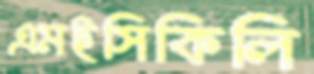
এমইসিকিলি